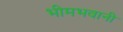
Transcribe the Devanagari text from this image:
भीमभवानी